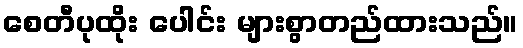
စေတီပုထိုး ပေါင်း များစွာတည်ထားသည်။